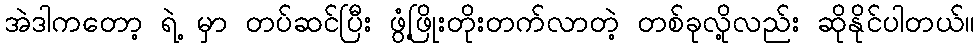
အဲဒါကတော့ ရဲ့ မှာ တပ်ဆင်ပြီး ဖွံ့ဖြိုးတိုးတက်လာတဲ့ တစ်ခုလို့လည်း ဆိုနိုင်ပါတယ်။